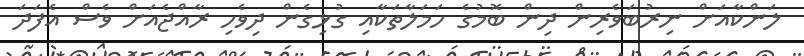
ލަންކާއަށް ނިރުބަވެރިން ދިން ބޮމުގެ ހަމަލާތަކާއި ގުޅިގެން ދިވެހި ރާއްޖެއަށް ވެސް އެފަދަ